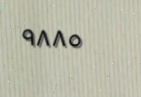
٩٨٨٥